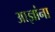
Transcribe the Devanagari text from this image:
आज्ञांना